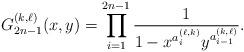
LaTeX: \begin{align*}G_{2n-1}^{(k,\ell)}(x,y) = \prod_{i=1}^{2n-1} \frac{1}{1-x^{a^{(\ell,k)}_i }y^{a_{i-1}^{(k,\ell)}} }. \end{align*}